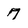
Character: 7